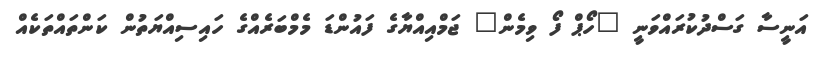
އަނީސާ ގަސްދުކުރައްވަނީ "ހޯޕް ފޯ ވިމެން" ޖަމްއިއްޔާގެ ފައުންޑަ މެމްބަރެއްގެ ހައިސިއްޔަތުން ކަންތައްތަކެއް